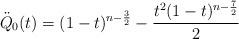
\begin{align*}\ddot Q_0(t) = (1-t)^{n-\frac{3}{2}} - \frac{t^2(1-t)^{n-\frac{7}{2}}}{2}\end{align*}